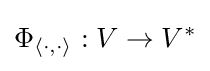
\Phi _{\langle \cdot ,\cdot \rangle }:V\to V^{*}